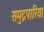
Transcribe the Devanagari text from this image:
समुद्रपारिया